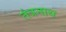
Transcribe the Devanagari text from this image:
तंत्रनाथ